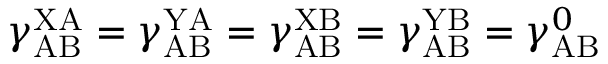
\gamma _ { \mathrm { A B } } ^ { \mathrm { X A } } = \gamma _ { \mathrm { A B } } ^ { \mathrm { Y A } } = \gamma _ { \mathrm { A B } } ^ { \mathrm { X B } } = \gamma _ { \mathrm { A B } } ^ { \mathrm { Y B } } = \gamma _ { \mathrm { A B } } ^ { 0 }